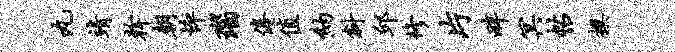
丸靖干朝悴瑙倦值纳斜邱修片畔冥帖撰